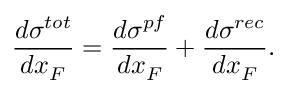
\frac { d \sigma ^ { t o t } } { d x _ { F } } = \frac { d \sigma ^ { p f } } { d x _ { F } } + \frac { d \sigma ^ { r e c } } { d x _ { F } } .